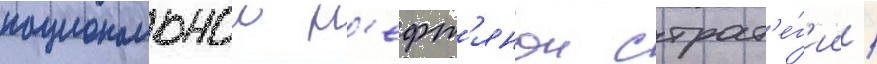
национальнои н'ефт'янои страт'е́г'ии /